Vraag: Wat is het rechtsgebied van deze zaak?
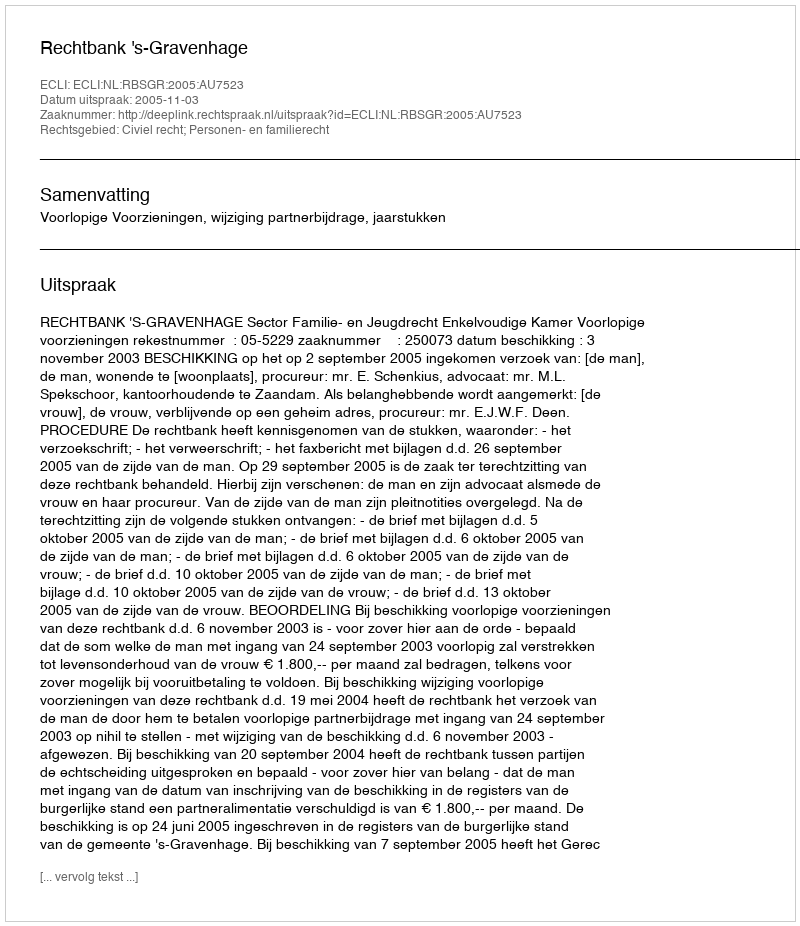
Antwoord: Civiel recht; Personen- en familierecht